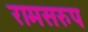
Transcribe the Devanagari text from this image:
रामसरुप